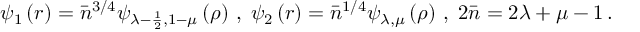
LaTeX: \psi _ { 1 } \left( r \right) = \bar { n } ^ { 3 / 4 } \psi _ { \lambda - \frac { 1 } { 2 } , 1 - \mu } \left( \rho \right) \, , \; \psi _ { 2 } \left( r \right) = \bar { n } ^ { 1 / 4 } \psi _ { \lambda , \mu } \left( \rho \right) \, , \; 2 \bar { n } = 2 \lambda + \mu - 1 \, .